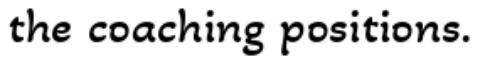
the coaching positions.